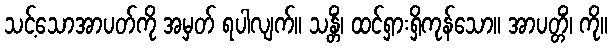
သင့်သောအာပတ်ကို အမှတ် ရပါလျက်။ သန္တိံ၊ ထင်ရှားရှိကုန်သော။ အာပတ္တိံ၊ ကို။